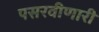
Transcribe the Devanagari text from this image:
पसरवीणारी